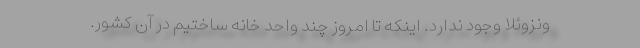
ونزوئلا وجود ندارد. اینکه تا امروز چند واحد خانه ساختیم در آن کشور.